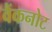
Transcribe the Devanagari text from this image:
वैंकनोट